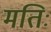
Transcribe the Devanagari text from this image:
मतिः